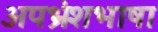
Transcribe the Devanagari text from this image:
अपभ्रंशभाषा